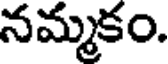
నమ్మకం.